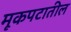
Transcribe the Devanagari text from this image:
मूकपटातील